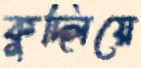
কুদ্‌লিয়ে